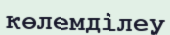
көлемділеу